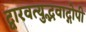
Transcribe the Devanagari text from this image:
द्वारवत्युद्भवाद्गोपी